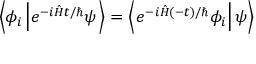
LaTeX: \left\langle \phi _ { i } \left| e ^ { - i { \hat { H } } t / \hbar } \psi \right. \right\rangle = \left\langle \left. e ^ { - i { \hat { H } } ( - t ) / \hbar } \phi _ { i } \right| \psi \right\rangle